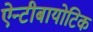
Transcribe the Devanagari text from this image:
ऐन्टीबायोटिक